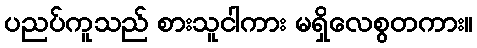
ပညပ်ကူသည် စားသူငါကား မရှိလေစွတကား။